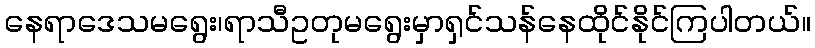
နေရာဒေသမရွေး၊ရာသီဥတုမရွေးမှာရှင်သန်နေထိုင်နိုင်ကြပါတယ်။